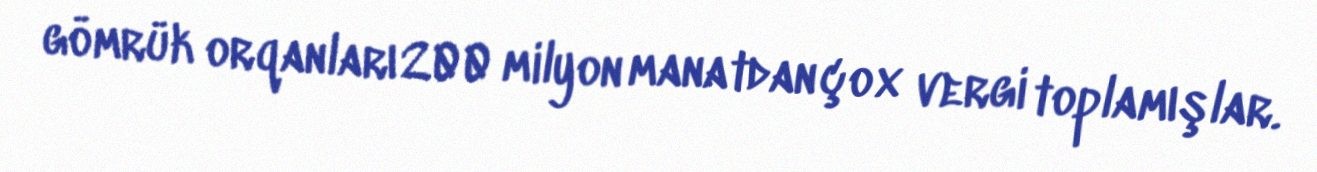
gömrük orqanları 200 milyon manatdan çox vergi toplamışlar.